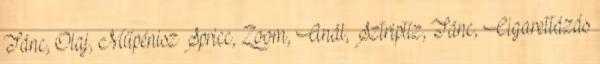
Tánc, Olaj, Műpénisz Spricc, Zoom, Anál, Sztriptíz, Tánc, Cigarettázás